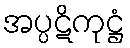
အပ္ပဋိကုဋ္ဌံ